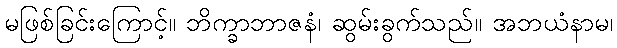
မဖြစ်ခြင်းကြောင့်။ ဘိက္ခာဘာဇနံ၊ ဆွမ်းခွက်သည်။ အဘယံနာမ၊